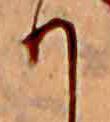
り